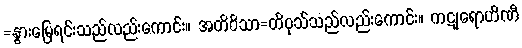
=နွားမြေရင်းသည်လည်းကောင်း။ အတိဝိသာ=တိဝုသ်သည်လည်းကောင်း။ ကဋုရောဟိဏီ